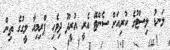
ލަނޑު ލިސްޓުގެ ކުރިއަށް ސެންޓޭ އެރީ އުރީދޫ ދިވެހި ޕްރިމިއާ ލީގުގެ ތިން